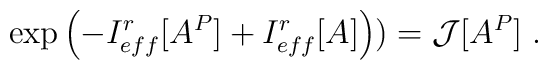
\exp\left(-I_{eff}^r[A^P] + I_{eff}^r[A]\right)) = {\cal J}[A^P] \;.